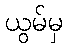
ယွမ်မှ